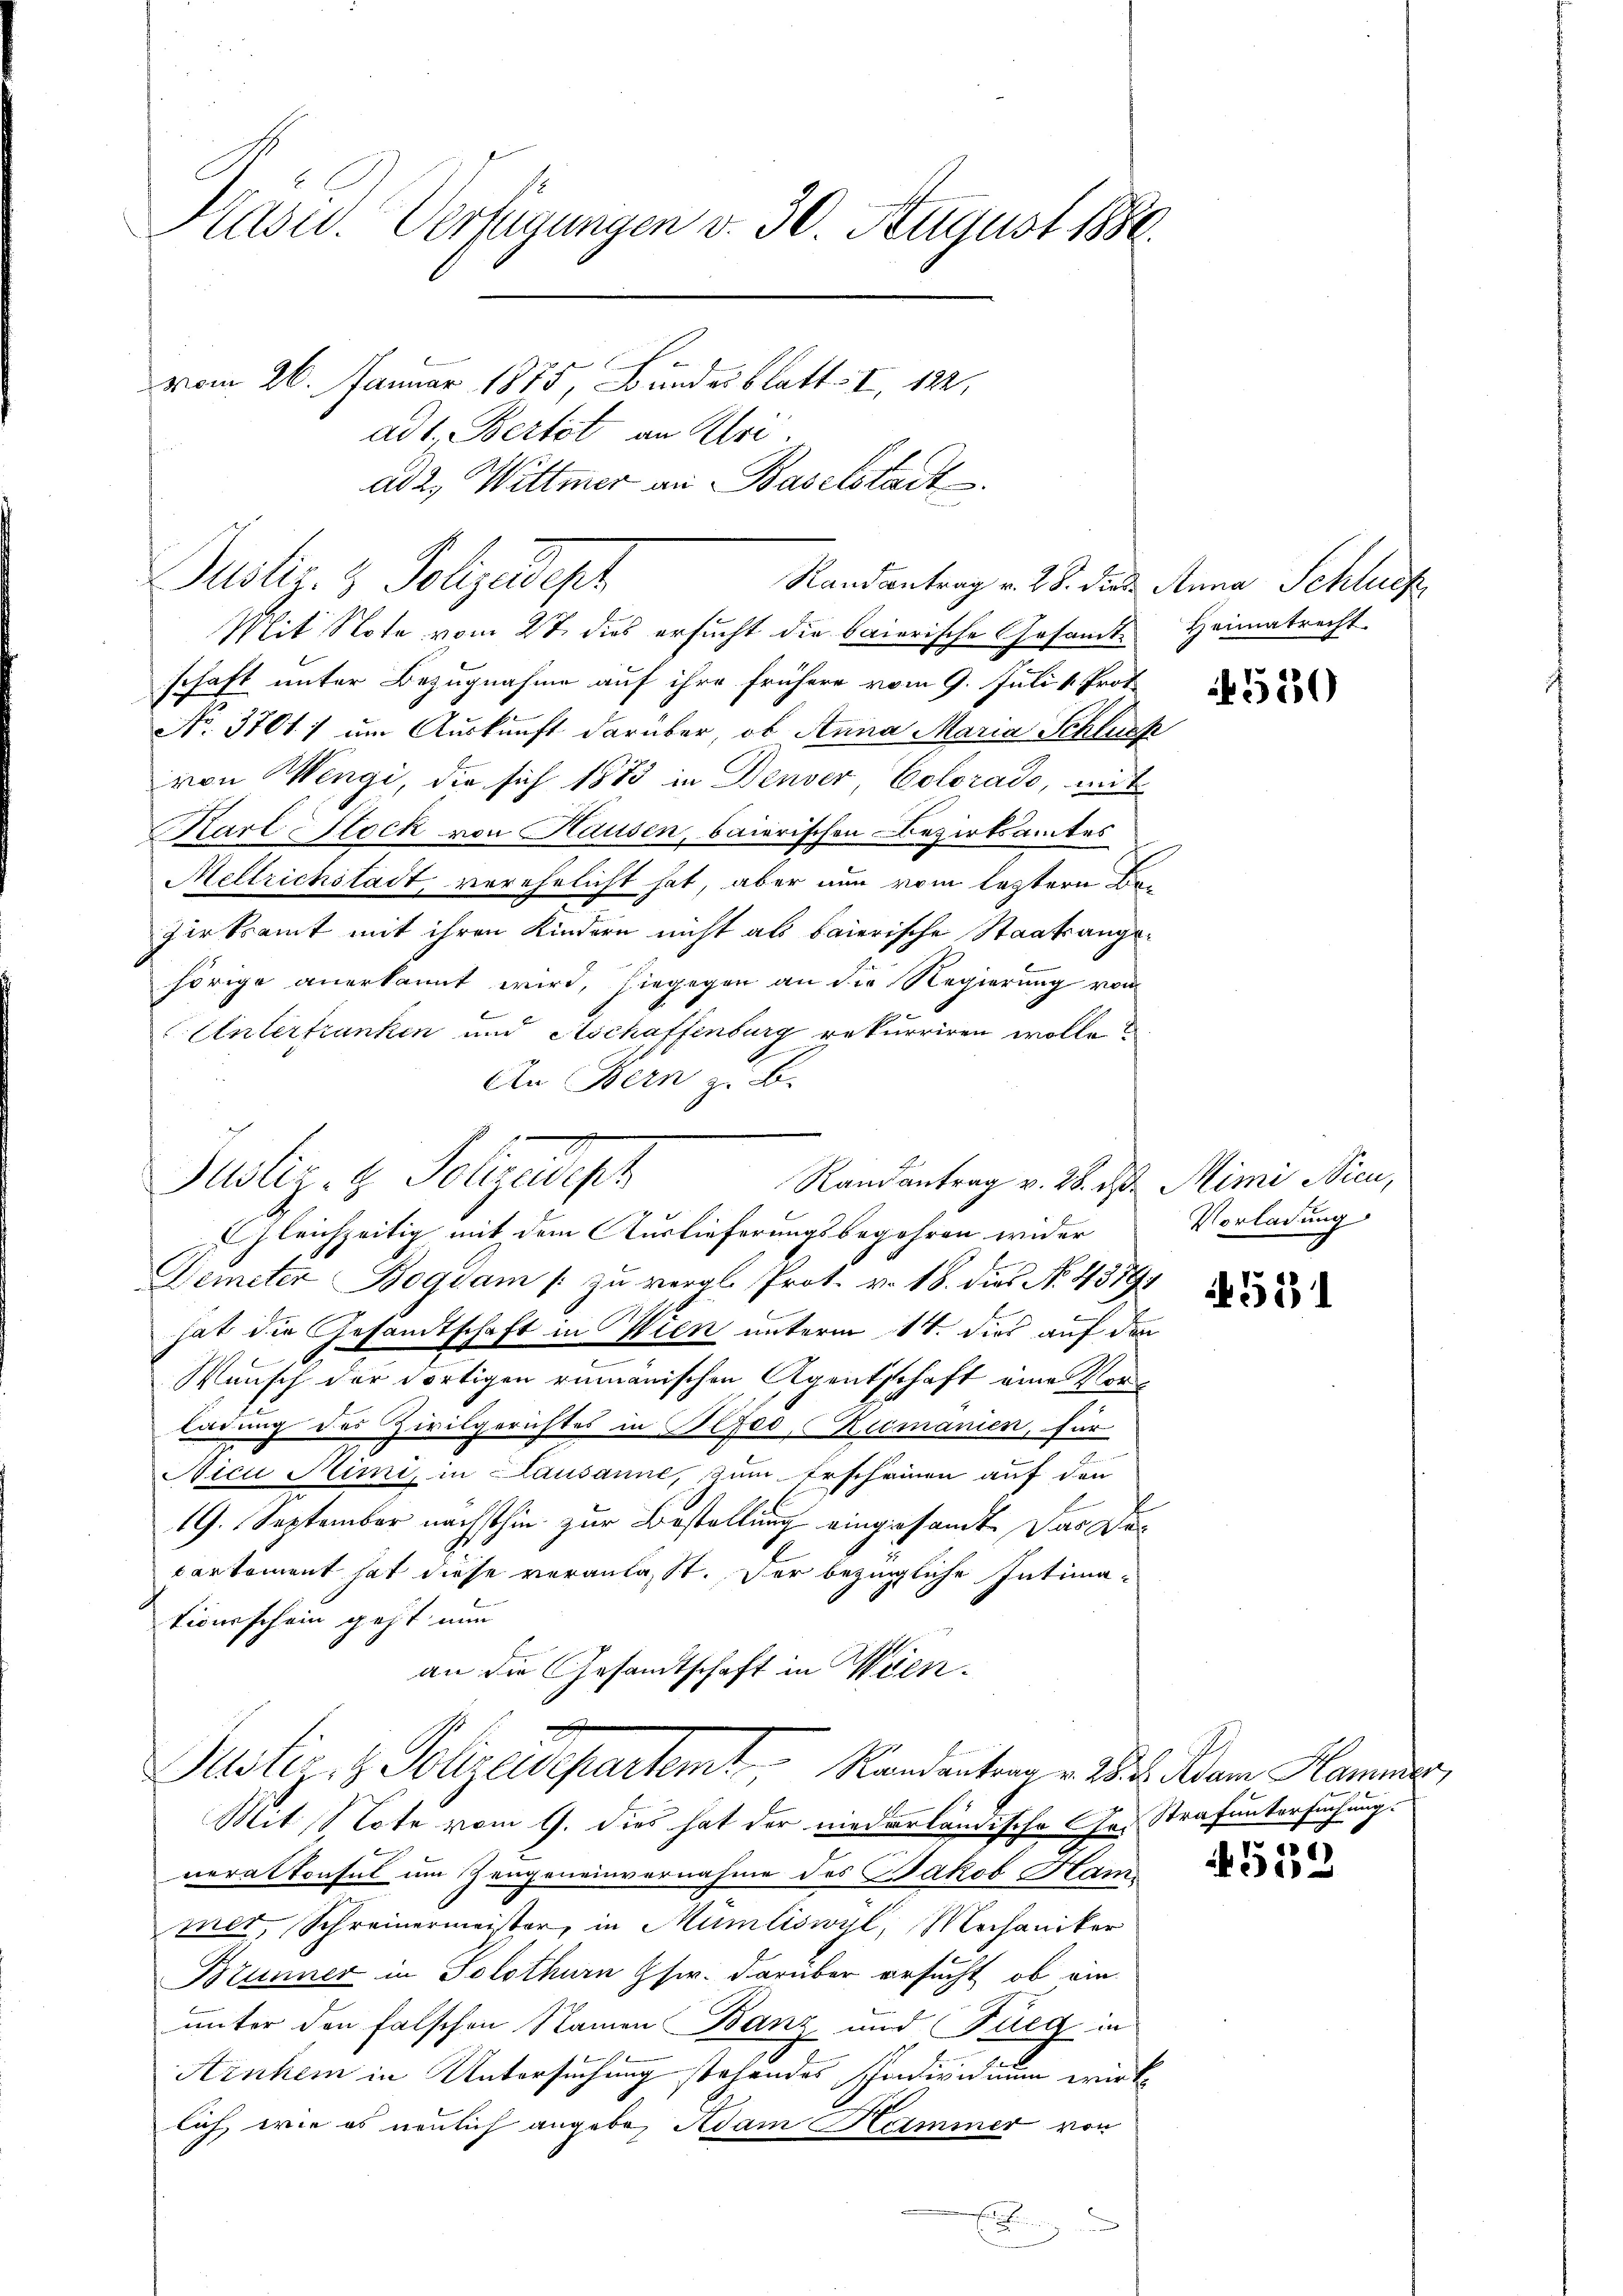
Kasu. Verfügungen v. 30. August 1884.
vom 26. Januar 1875, Bundesblatt. I, 122.
ad 1, Bertot an Ulri
ad 2., Wittmer an Baselstadt

Justiz- & Polizeidest
Randantrag v. 28. die Anna Schluch

Mit Note vom 27. dies ersucht die baierische Gesandte Heimatrecht
schaft unter Bezugnahme auf ihre frühere vom 9. Juli v. Prot
No. 3701; um Auskunft darüber, ob Anna Maria Schluss
von Wengi, die sich 1873 in Denver, Colorado, mit
Karl Stock von Hausen, baierischen Bezirksamtes
Mellrichstadt, verehelicht hat, aber nun vom leztern Bezirksamt mit ihren Kindern nicht als baierische Staatsange-
hörige anerkannt wird, hiegegen an die Regierung von
Unterfranken und Aschaffenburg rekurriren wolle?
An Bern z. B.
Gleichzeitig mit dem Auslieferungsbegehren wider
Demeter Bogdam / zu vergl. Prot. v. 18. dies No. 4389,
hat die Gesandtschaft in Wien unterm 14. dies auf den
Wunsch der dortigen rumänischen Agentschaft eine Vorladung des Zivilgerichtes in Befoo, Rumanien, für
Nici Simi, in Lausanne, zum Erscheinen auf den
19. September nächsthin zur Bestellung eingesamt. Das Dorcartement hat diese veranlasst. Der bezügliche Intimationsschein geht nun
an die Gesandtschaft in Wien.
x
Justiz- & Polizeidepartemt, Randantrag v. 28. d. Adam Hammer,
Mit Note vom 9. dies hat der niederländische Cha-Strafuntersuchung.
neralkonsul um Zeugeneinvernahme des Jakob Ham
mer, Schreinermeister, in Mümliswyl, Mechaniker
Brunner in Solothurn Gsw. darüber ersucht, ob ein
unter den falschen Namen Banz und Fieg in
Arnhem in Untersuchung stehendes Individium wirk
lich, wie es neulich angebe, Adam Heiminer von
E

Justiz- & Polyederh
Randantrag v. 28. d. Mimi Nicu,

f 520

Vorladung

511

h

4559